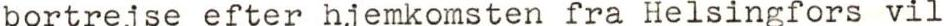
bortrejse efter hjemkomsten fra Helsingfors vil